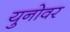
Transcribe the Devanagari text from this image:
युनोवर